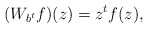
\begin{align*}(W_{b^t}f)(z)=z^tf(z),\end{align*}